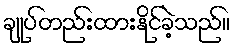
ချုပ်တည်းထားနိုင်ခဲ့သည်။